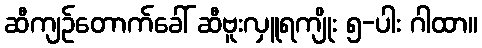
ဆီကျဉ်တောက်ခေါ် ဆီဗူးလှူရကျိုး ၅-ပါး ဂါထာ။